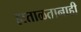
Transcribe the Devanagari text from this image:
हाताळतानाही